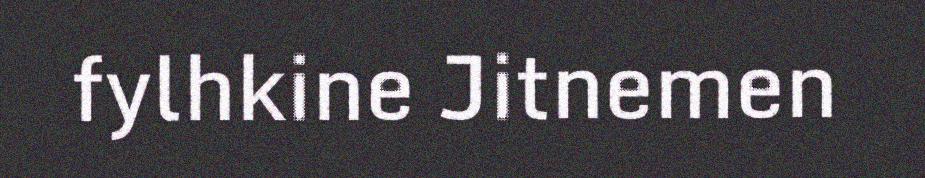
fylhkine Jitnemen